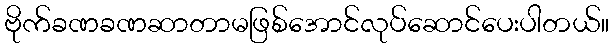
ဗိုက်ခဏခဏဆာတာမဖြစ်အောင်လုပ်ဆောင်ပေးပါတယ်။